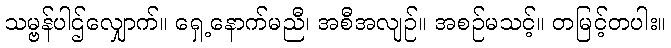
သမ္ဗန်ပါဌ်လျှောက်။ ရှေ့နောက်မညီ၊ အစီအလျဉ်။ အစဉ်မသင့်။ တမြင့်တပါး။